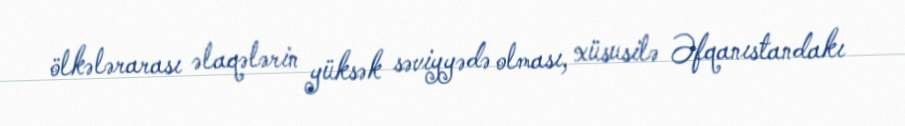
ölkələrarası əlaqələrin yüksək səviyyədə olması, xüsusilə Əfqanıstandakı